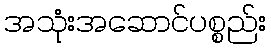
အသုံးအဆောင်ပစ္စည်း